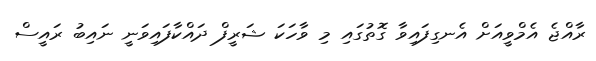
ރާއްޖެ އެމްވީއަށް އެނގިފައިވާ ގޮތުގައި މި ވާހަކަ ޝަރީފް ދައްކާފައިވަނީ ނައިބު ރައީސް